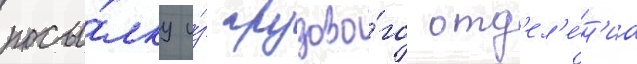
посы́лку и́з грузово́го отд'ел'е́н'иа